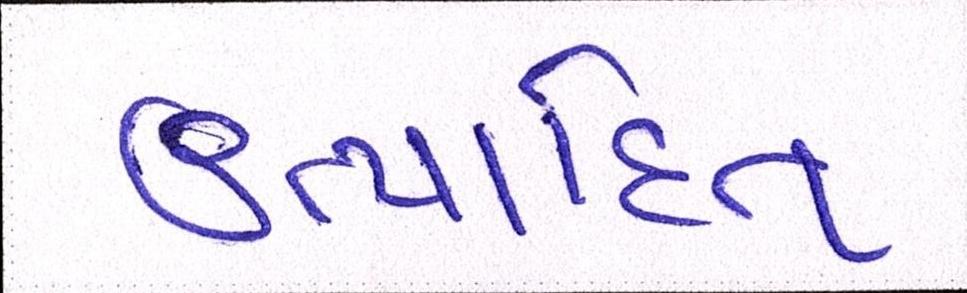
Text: ઉત્પાદિત